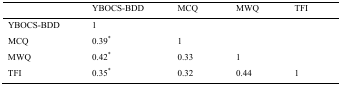
<table><thead><tr><td></td><td><b>YBOCS-BDD</b></td><td><b>MCQ</b></td><td><b>MWQ</b></td><td><b>TFI</b></td></tr></thead><tbody><tr><td>YBOCS-BDD</td><td>1</td><td></td><td></td><td></td></tr><tr><td>MCQ</td><td>0.39*</td><td>1</td><td></td><td></td></tr><tr><td>MWQ</td><td>0.42*</td><td>0.33</td><td>1</td><td></td></tr><tr><td>TFI</td><td>0.35*</td><td>0.32</td><td>0.44</td><td>1</td></tr></tbody></table>